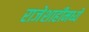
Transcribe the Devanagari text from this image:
राजेशाहीमध्ये